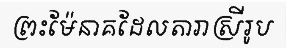
ព្រះម៉ែនាគដែលតារាស្រីរូប